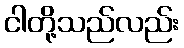
ငါတို့သည်လည်း